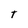
Character: t